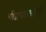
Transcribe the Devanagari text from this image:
चीत्रापात्कारणी